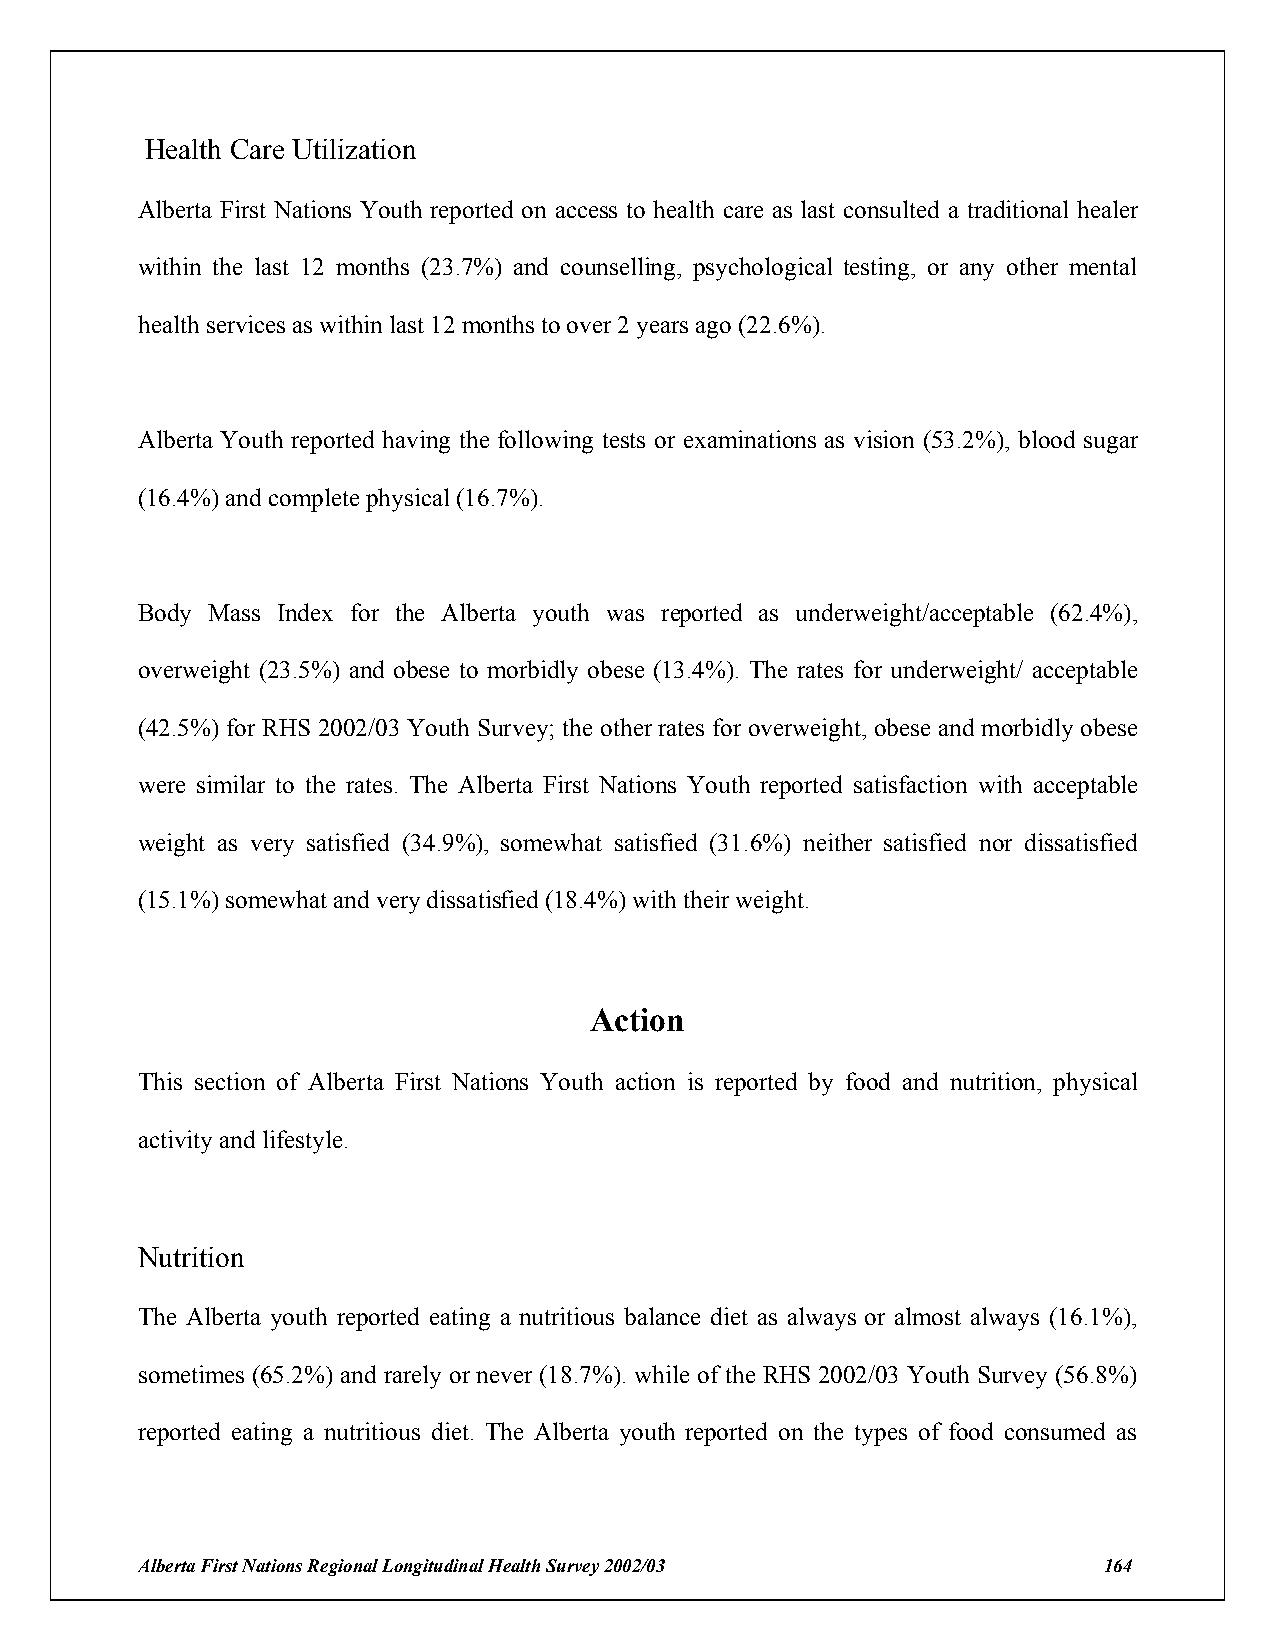
Health Care Utilization
 Alberta First Nations Youth reported on access to health care as last consulted a traditional healer
 within the last 12 months (23.7%) and counselling, psychological testing, or any other mental
 health services as within last 12 months to over 2 years ago (22.6%).
 Alberta Youth reported having the following tests or examinations as vision (53.2%), blood sugar
 (16.4%) and complete physical (16.7%).
 Body Mass Index for the Alberta youth was reported as underweight/acceptable (62.4%),
 overweight (23.5%) and obese to morbidly obese (13.4%). The rates for underweight/ acceptable
 (42.5%) for RHS 2002/03 Youth Survey; the other rates for overweight, obese and morbidly obese
 were similar to the rates. The Alberta First Nations Youth reported satisfaction with acceptable
 weight as very satisfied (34.9%), somewhat satisfied (31.6%) neither satisfied nor dissatisfied
 (15.1%) somewhat and very dissatisfied (18.4%) with their weight.
 Action
 This section of Alberta First Nations Youth action is reported by food and nutrition, physical
 activity and lifestyle.
 Nutrition
 The Alberta youth reported eating a nutritious balance diet as always or almost always (16.1%),
 sometimes (65.2%) and rarely or never (18.7%). while of the RHS 2002/03 Youth Survey (56.8%)
 reported eating a nutritious diet. The Alberta youth reported on the types of food consumed as
 Alberta First Nations Regional Longitudinal Health Survey 2002/03 164